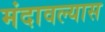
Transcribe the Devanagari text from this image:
मंदावल्यास